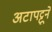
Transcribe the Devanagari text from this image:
अटापट्टूने